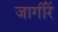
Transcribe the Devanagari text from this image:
जागींरें